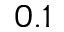
0 . 1